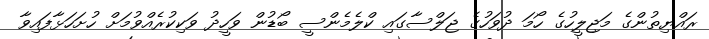
ރައްޔިތުންގެ މަޖިލީހުގެ ހޯމަ ދުވަހުގެ ޖަލްސާގައި ކްލެމެންސީ ބޯޑުން ވަހީދު ވަކިކުރެއްވުމަށް ހުށަހަޅާފައިވާ